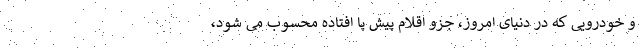
و خودرویی که در دنیای امروز، جزو اقلام پیش پا افتاده محسوب می شود،